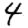
Digit: 4